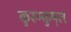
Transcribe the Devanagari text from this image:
कुरुम्कुष़ल